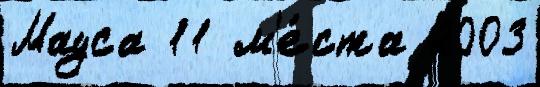
Мауса 11 м'е́ста 2003